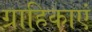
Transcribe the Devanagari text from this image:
ग्राहिकाएं